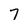
Character: 7